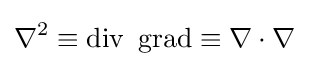
\nabla ^{2}\equiv \operatorname {div} \ \operatorname {grad} \equiv \nabla \cdot \nabla